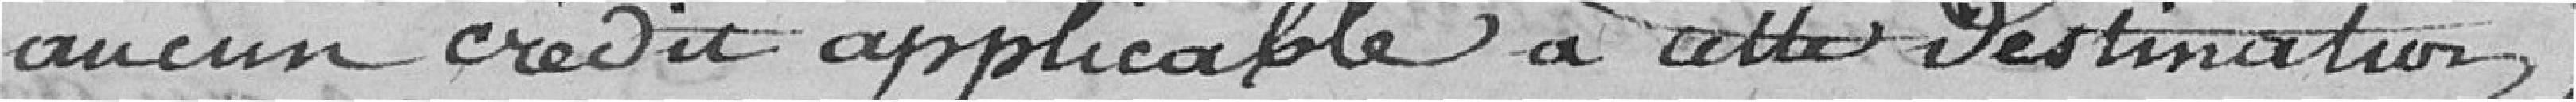
aucun crédit applicable à cette destination,